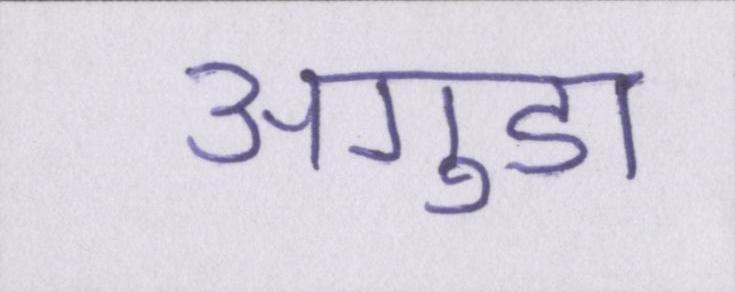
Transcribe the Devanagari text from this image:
अगुडा